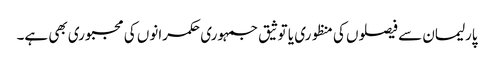
پارلیمان سے فیصلوں کی منظوری یا توثیق جمہوری حکمرانوں کی مجبوری بھی ہے۔